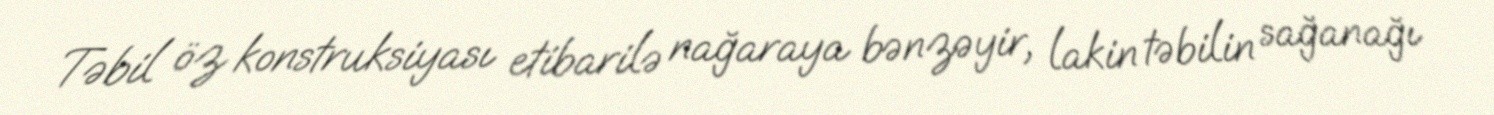
Təbil öz konstruksiyası etibarilə nağaraya bənzəyir, lakin təbilin sağanağı